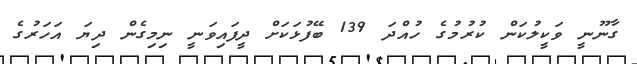
ގާނޫނީ ވަކީލުކަން ކުރުމުގެ ހުއްދަ 139 ބޭފުޅަކަށް ދީފައިވަނީ ނިމިގެން ދިޔަ އަހަރުގެ